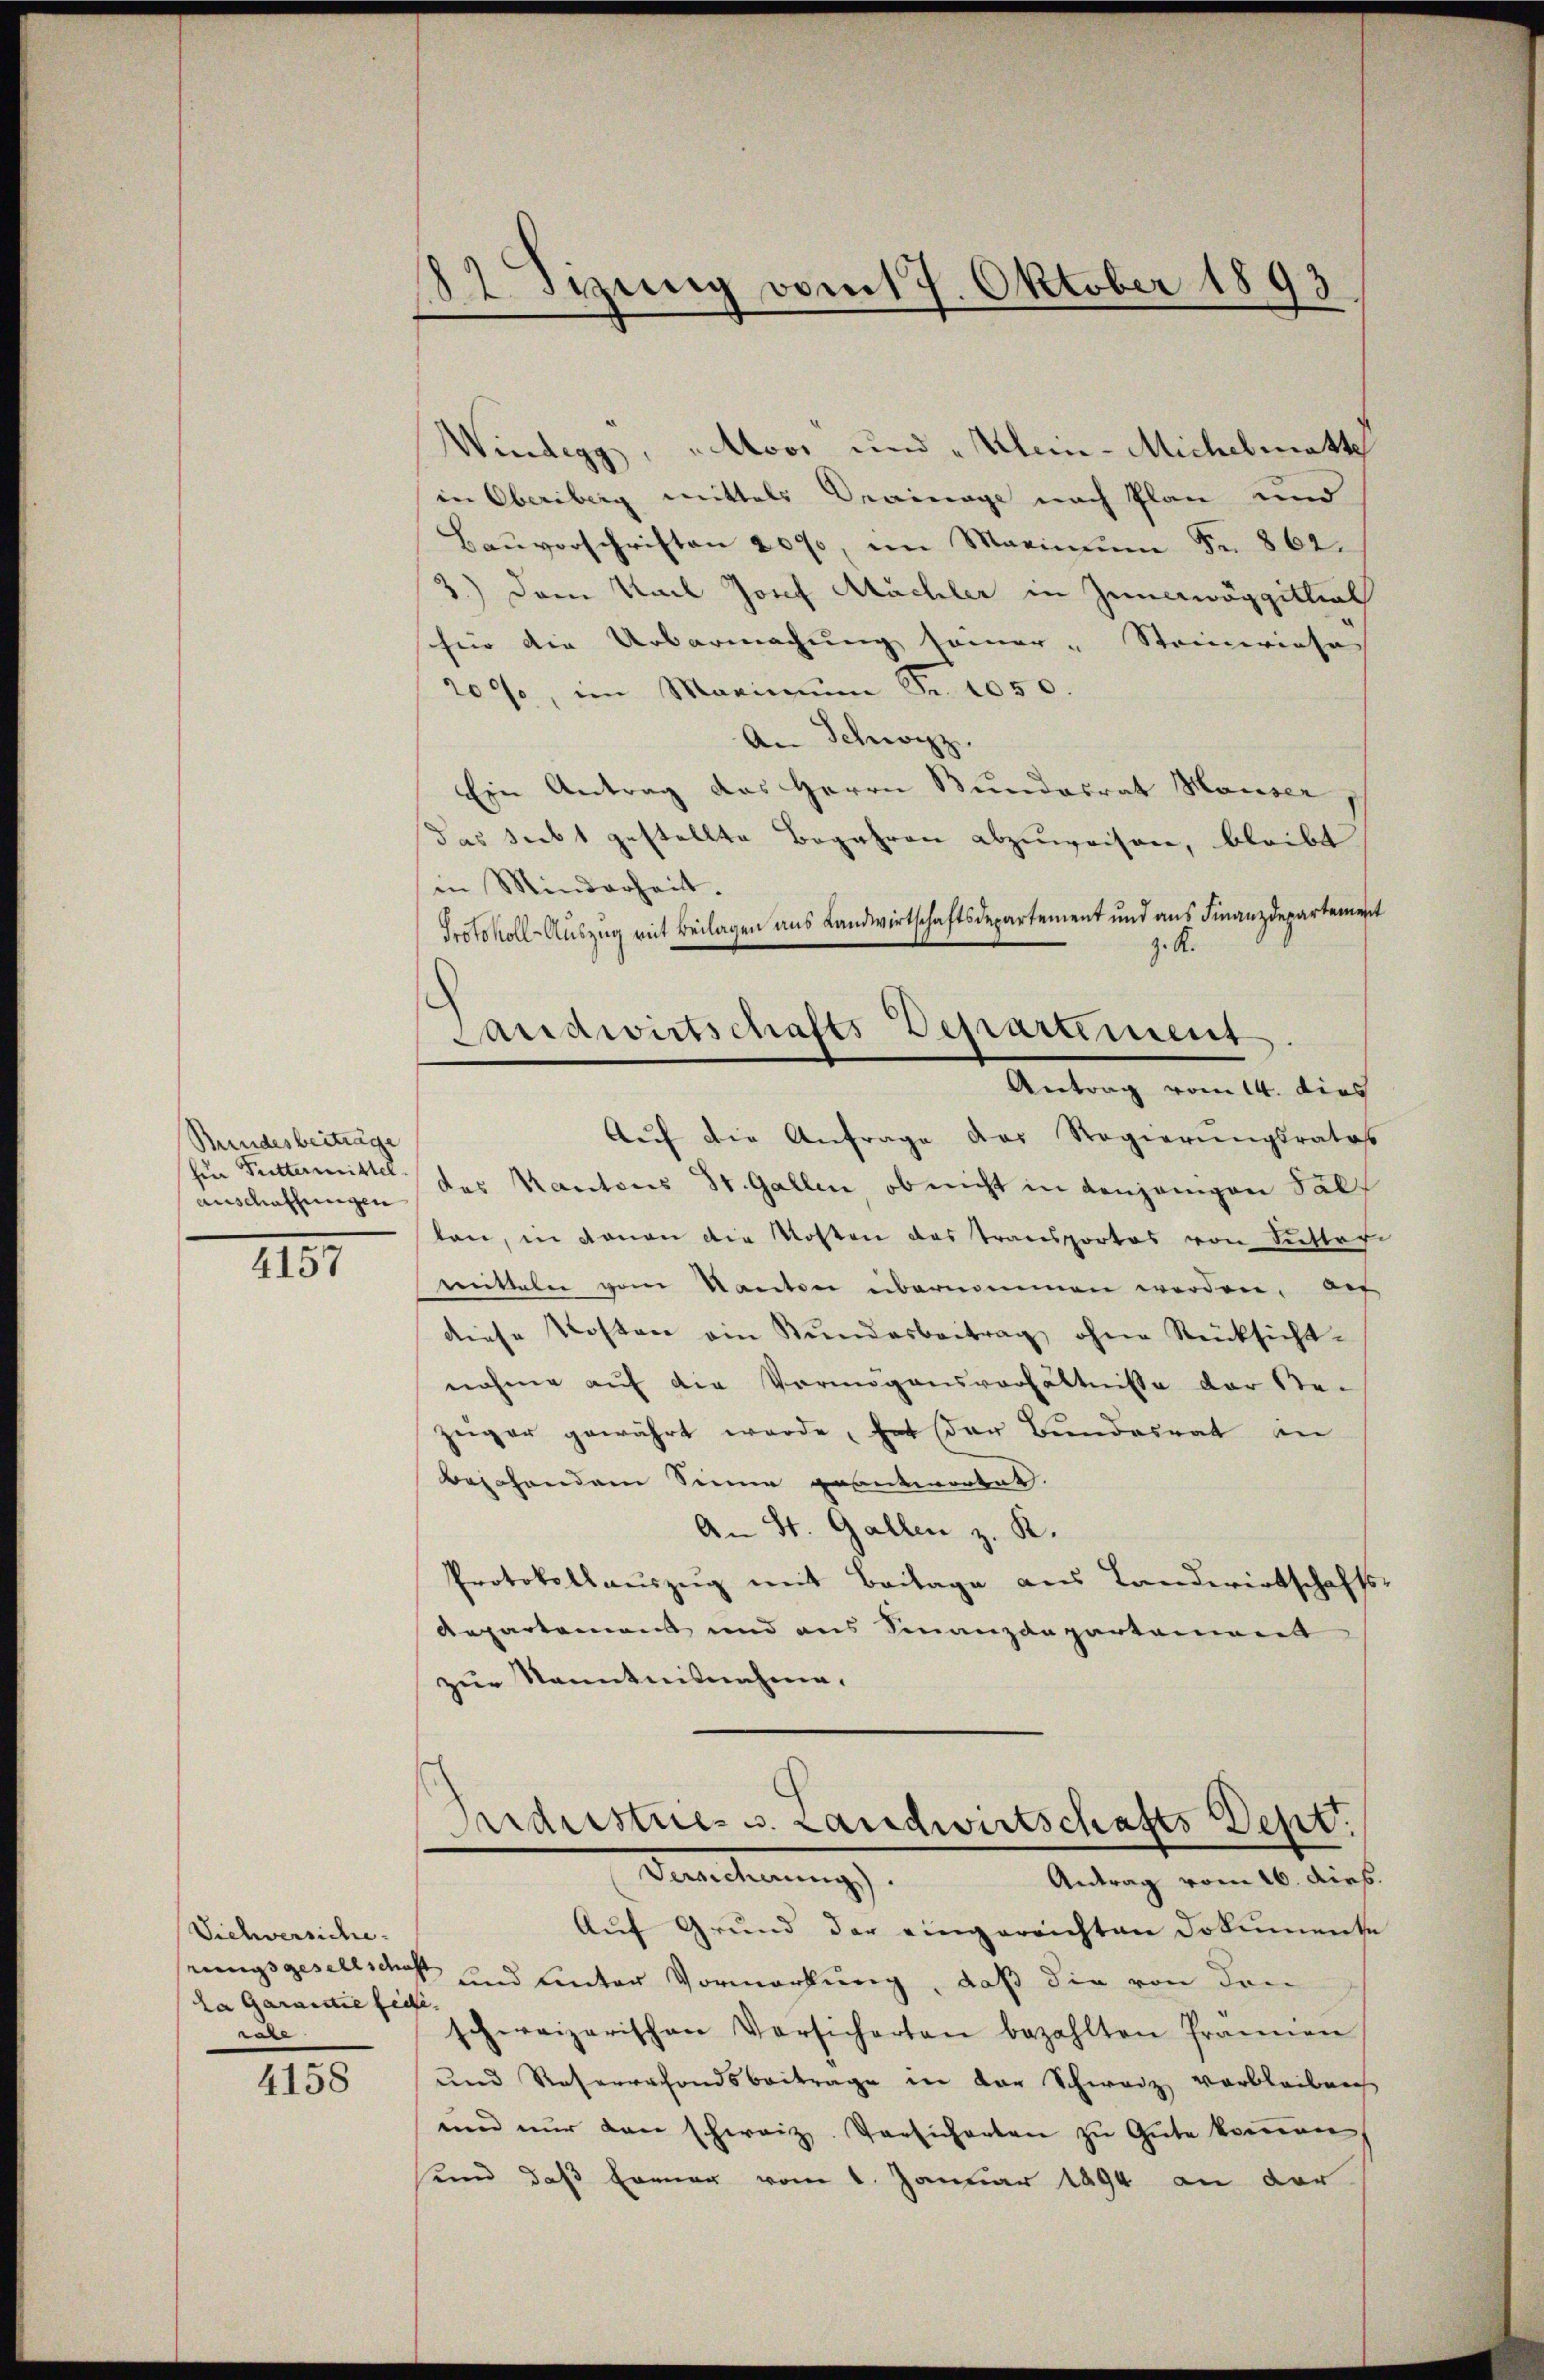
Bundesbeiträge
für Futtermittel
auschaffungen

4157

Sichversiche
la Garantie feie
x

4158

182. Sitzung vom 17. Oktober 1893

Windegg, Stoos und Klein - Michelmatte
in Oberberg mittels Drainage nach Plan und
Bauverschriften 2000, im Marinum Fr. 862.
3.) Dem Karl Josef Mächler in Zunerwäggittiel
für die Urbarmachung seiner „Steinwiese
209, im Marin Fr. 1050.
An Schwarzz
Ein Antrag des Herrn Bundesrat Hauser,
das siebt gestellte Begehren abzuweisen, bleibt
in Minderheit.
Protokoll-Auszug mit Beilagen aus Landwirtschaftsdepartement und aus Finanzdepartement
Aŭf die Anfrage das Regierŭngsrates
des Kantons St. Gallen, ob nicht in denjenigen Fall
len, in daran die Kosten das Transportes von Susteri
mitteln vom Kanton übernommen werden, auf
diese Kosten ein Stundesbeitrag ohne Rücksicht-
nahme auf die Vermögensverhältnisse der Re-
züger gewährt werde, hat der Bundesrat in
Bejahenden Sinne geantwortet.
An St. Gallen z. K.
Protokollauszug mit Beilage aus Landwirtschafts¬
Aepartement und aus Finanzdepartement
zur Kenntnisnahme.
Seiderstriess. Landwirtschafts Dept.
Venederung
Antrag vom 16. Dieb.
Auf Grund der eingereichten Dokumente
rungsgesellsch und unter Vormerkung, daß die von den
schweizerischen Versicherten bezahlten Prämien
und Reservefondsbeitrage in der Schweiz verbleiben
nen nŭr den schweiz. Versicherten zu Gute kommen,
sund daß Erman vom 1. Januar 1894 an der

Landwirtschafts Departement
Antrag vom 14. dies